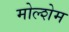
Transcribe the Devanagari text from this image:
मोल्शेम